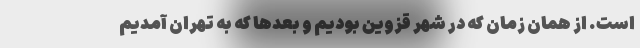
است. از همان زمان که در شهر قزوین بودیم و بعدها که به تهران آمدیم